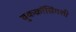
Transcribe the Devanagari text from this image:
बुकक्रॉसिंगशी